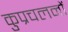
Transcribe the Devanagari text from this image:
कुप्रचलनों